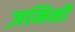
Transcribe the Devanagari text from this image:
ज़मिनी